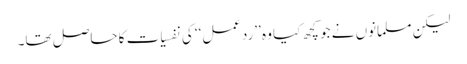
لیکن مسلمانوں نے جو کچھ کیا وہ ’’ردعمل‘‘ کی نفسیات کا حاصل تھا۔